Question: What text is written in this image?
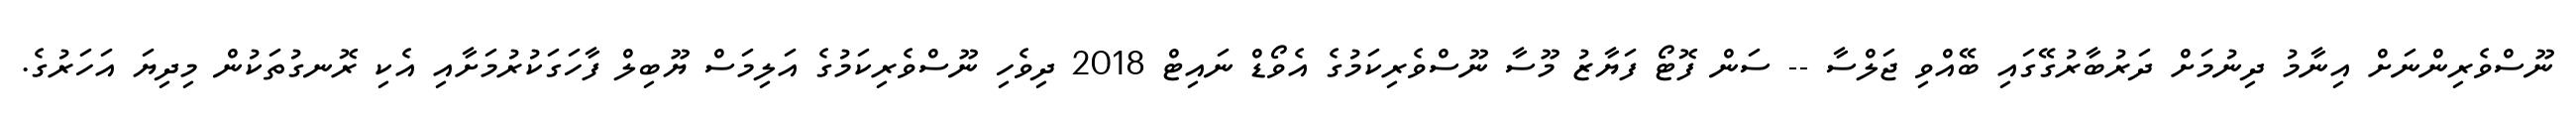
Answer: ނޫސްވެރިންނަށް އިނާމު ދިނުމަށް ދަރުބާރުގޭގައި ބޭއްވި ޖަލްސާ -- ސަން ފޮޓޯ ފަޔާޒު މޫސާ ނޫސްވެރިކަމުގެ އެވޯޑް ނައިޓް 2018 ދިވެހި ނޫސްވެރިކަމުގެ އަލިމަސް ޔޫބިލް ފާހަގަކުރުމަށާއި އެކި ރޮނގުތަކުން މިދިޔަ އަހަރުގެ.